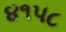
૪૧૫૮